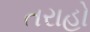
તરાહો